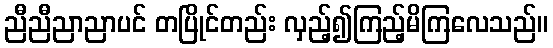
ညီညီညာညာပင် တပြိုင်တည်း လှည့်၍ကြည့်မိကြလေသည်။